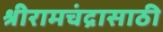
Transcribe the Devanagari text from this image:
श्रीरामचंद्रासाठी